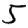
Digit: 5